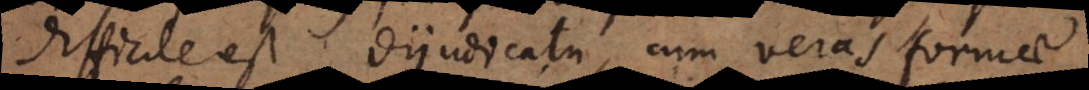
difficile est dijudicatu, cum veras formae